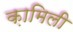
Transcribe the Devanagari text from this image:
क़ामिली